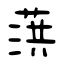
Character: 葓